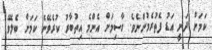
ކަމަށް ދަނީ އަޑު ފެތުރެމުންނެވެ. ގާސިމަށް އެންމެ އިތުބާރު ކުރެވޭނެ ކަމަށް ބެލެވޭ